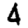
Digit: 4